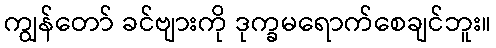
ကျွန်တော် ခင်ဗျားကို ဒုက္ခမရောက်စေချင်ဘူး။